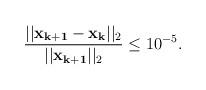
LaTeX: \begin{align*}\begin{aligned}\frac{||\mathbf{x_{k+1}} - \mathbf{x_k}||_2}{||\mathbf{x_{k+1}}||_2} \leq 10^{-5}.\end{aligned}\end{align*}